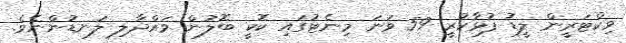
ވިކްޓަރީން ލީޑު ފުޅާކުރީ 59 ވަނަ މިނެޓުގައި ކޮކީ ބޮލުން ވައްދާލި ލަނޑުންނެވެ.